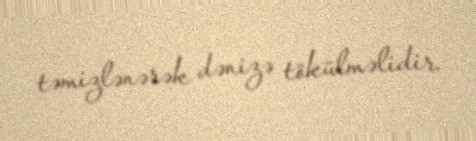
təmizlənərək dənizə tökülməlidir.